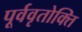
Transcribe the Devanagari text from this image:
पूर्ववृतोक्ति